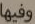
وفيها